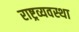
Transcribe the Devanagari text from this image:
राष्ट्रव्यवस्था